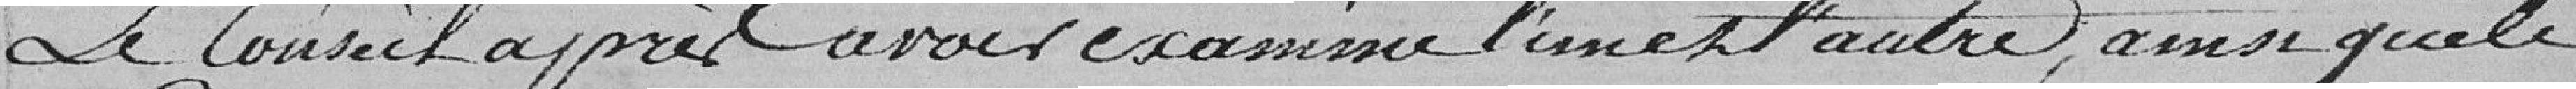
Le Conseil après avoir examiné l'une et l'autre, ainsi que le